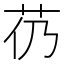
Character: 芿